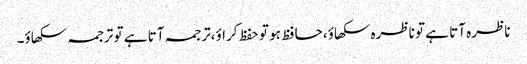
ناظرہ آتا ہے تو ناظرہ سکھاؤ، حافظ ہو تو حفظ کراؤ،ترجمہ آتا ہے تو ترجمہ سکھاؤ۔